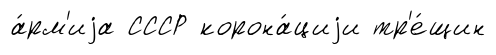
а́рм'иjа СССР корона́циjи тр'е́щин